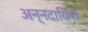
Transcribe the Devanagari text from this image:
अन्नदायिनी